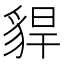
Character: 貋